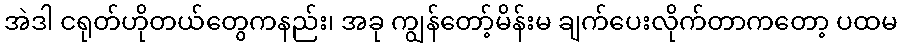
အဲဒါ ငရုတ်ဟိုတယ်တွေကနည်း၊ အခု ကျွန်တော့်မိန်းမ ချက်ပေးလိုက်တာကတော့ ပထမ